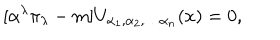
\lbrack \alpha ^ { \lambda } \pi _ { \lambda } - m ] U _ { \alpha _ { 1 } , \alpha _ { 2 } , \ldots \alpha _ { n } } ( x ) = 0 ,